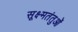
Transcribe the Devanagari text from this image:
सूक्ष्मतंतुओं